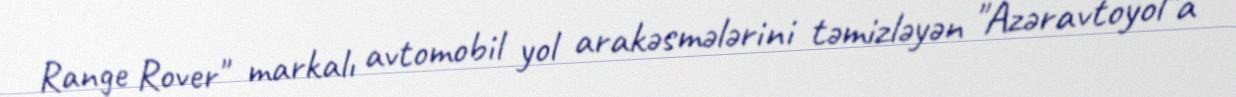
Range Rover" markalı avtomobil yol arakəsmələrini təmizləyən "Azəravtoyol"a